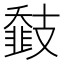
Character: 𢻨